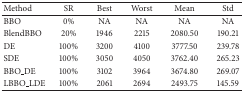
| Method | SR | Best | Worst | Mean | Std |
 | --- | --- | --- | --- | --- | --- |
 | BBO | 0% | NA | NA | NA | NA |
 | BlendBBO | 20% | 1946 | 2215 | 2080.50 | 190.21 |
 | DE | 100% | 3200 | 4100 | 3777.50 | 239.78 |
 | SDE | 100% | 3050 | 4050 | 3762.40 | 265.23 |
 | BBO_DE | 100% | 3102 | 3964 | 3674.80 | 269.07 |
 | LBBO_LDE | 100% | 2061 | 2694 | 2493.75 | 145.59 |